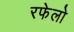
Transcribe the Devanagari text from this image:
रफेलो